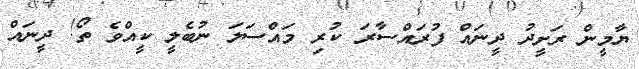
ޔާމީން ރަށީދު ދީނައް ފުރައްސާރަ ކުރި މައްސަލަ ނުބެލީ ކީއްވެ ތޯ! ދީނައް